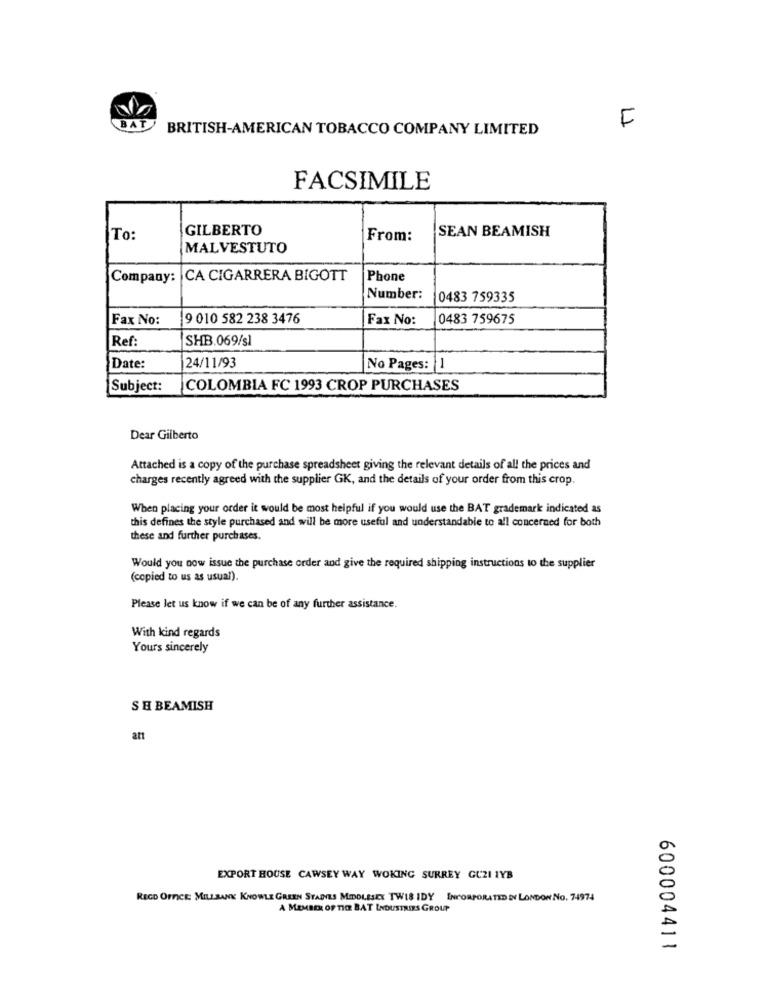
BAT
BRITISH-AMERICAN TOBACCO COMPANY LIMITED
F
FACSIMILE
GILBERTO
SEAN BEAMISH
To:
From:
MALVESTUTO
Company: CA CIGARRERA BIGOTT
Phone
Number:
0483 759335
Fax No:
19 010 582 238 3476
Fax No:
0483 759675
Ref:
SHB.069/sl
Date:
24/11/93
No Pages: 1
Subject:
COLOMBIA FC 1993 CROP PURCHASES
Dear Gilberto
Attached is a copy of the purchase spreadsheet giving the relevant details of all the prices and
charges recently agreed with the supplier GK, and the details of your order from this crop.
When placing your order it would be most helpful if you would use the BAT grademark indicated as
this defines the style purchased and will be more useful and understandable to all concerned for both
these and further purchases.
Would you now issue the purchase order and give the required shipping instructions to the supplier
(copied to us as usual).
Please let us know if we can be of any further assistance.
With kind regards
Yours sincerely
SH BEAMISH
att
EXPORT HOUSE CAWSEY WAY WOKING SURREY GUZI IYB
RECD OFFICE MILLBANK KNOWLE GREEN STADES MIDDLESEX TWIS IDY INCORPORATED EN LONDON NO. 74974
A MEMBER OF TICE BAT INDUSTRIES GROUP
600004411